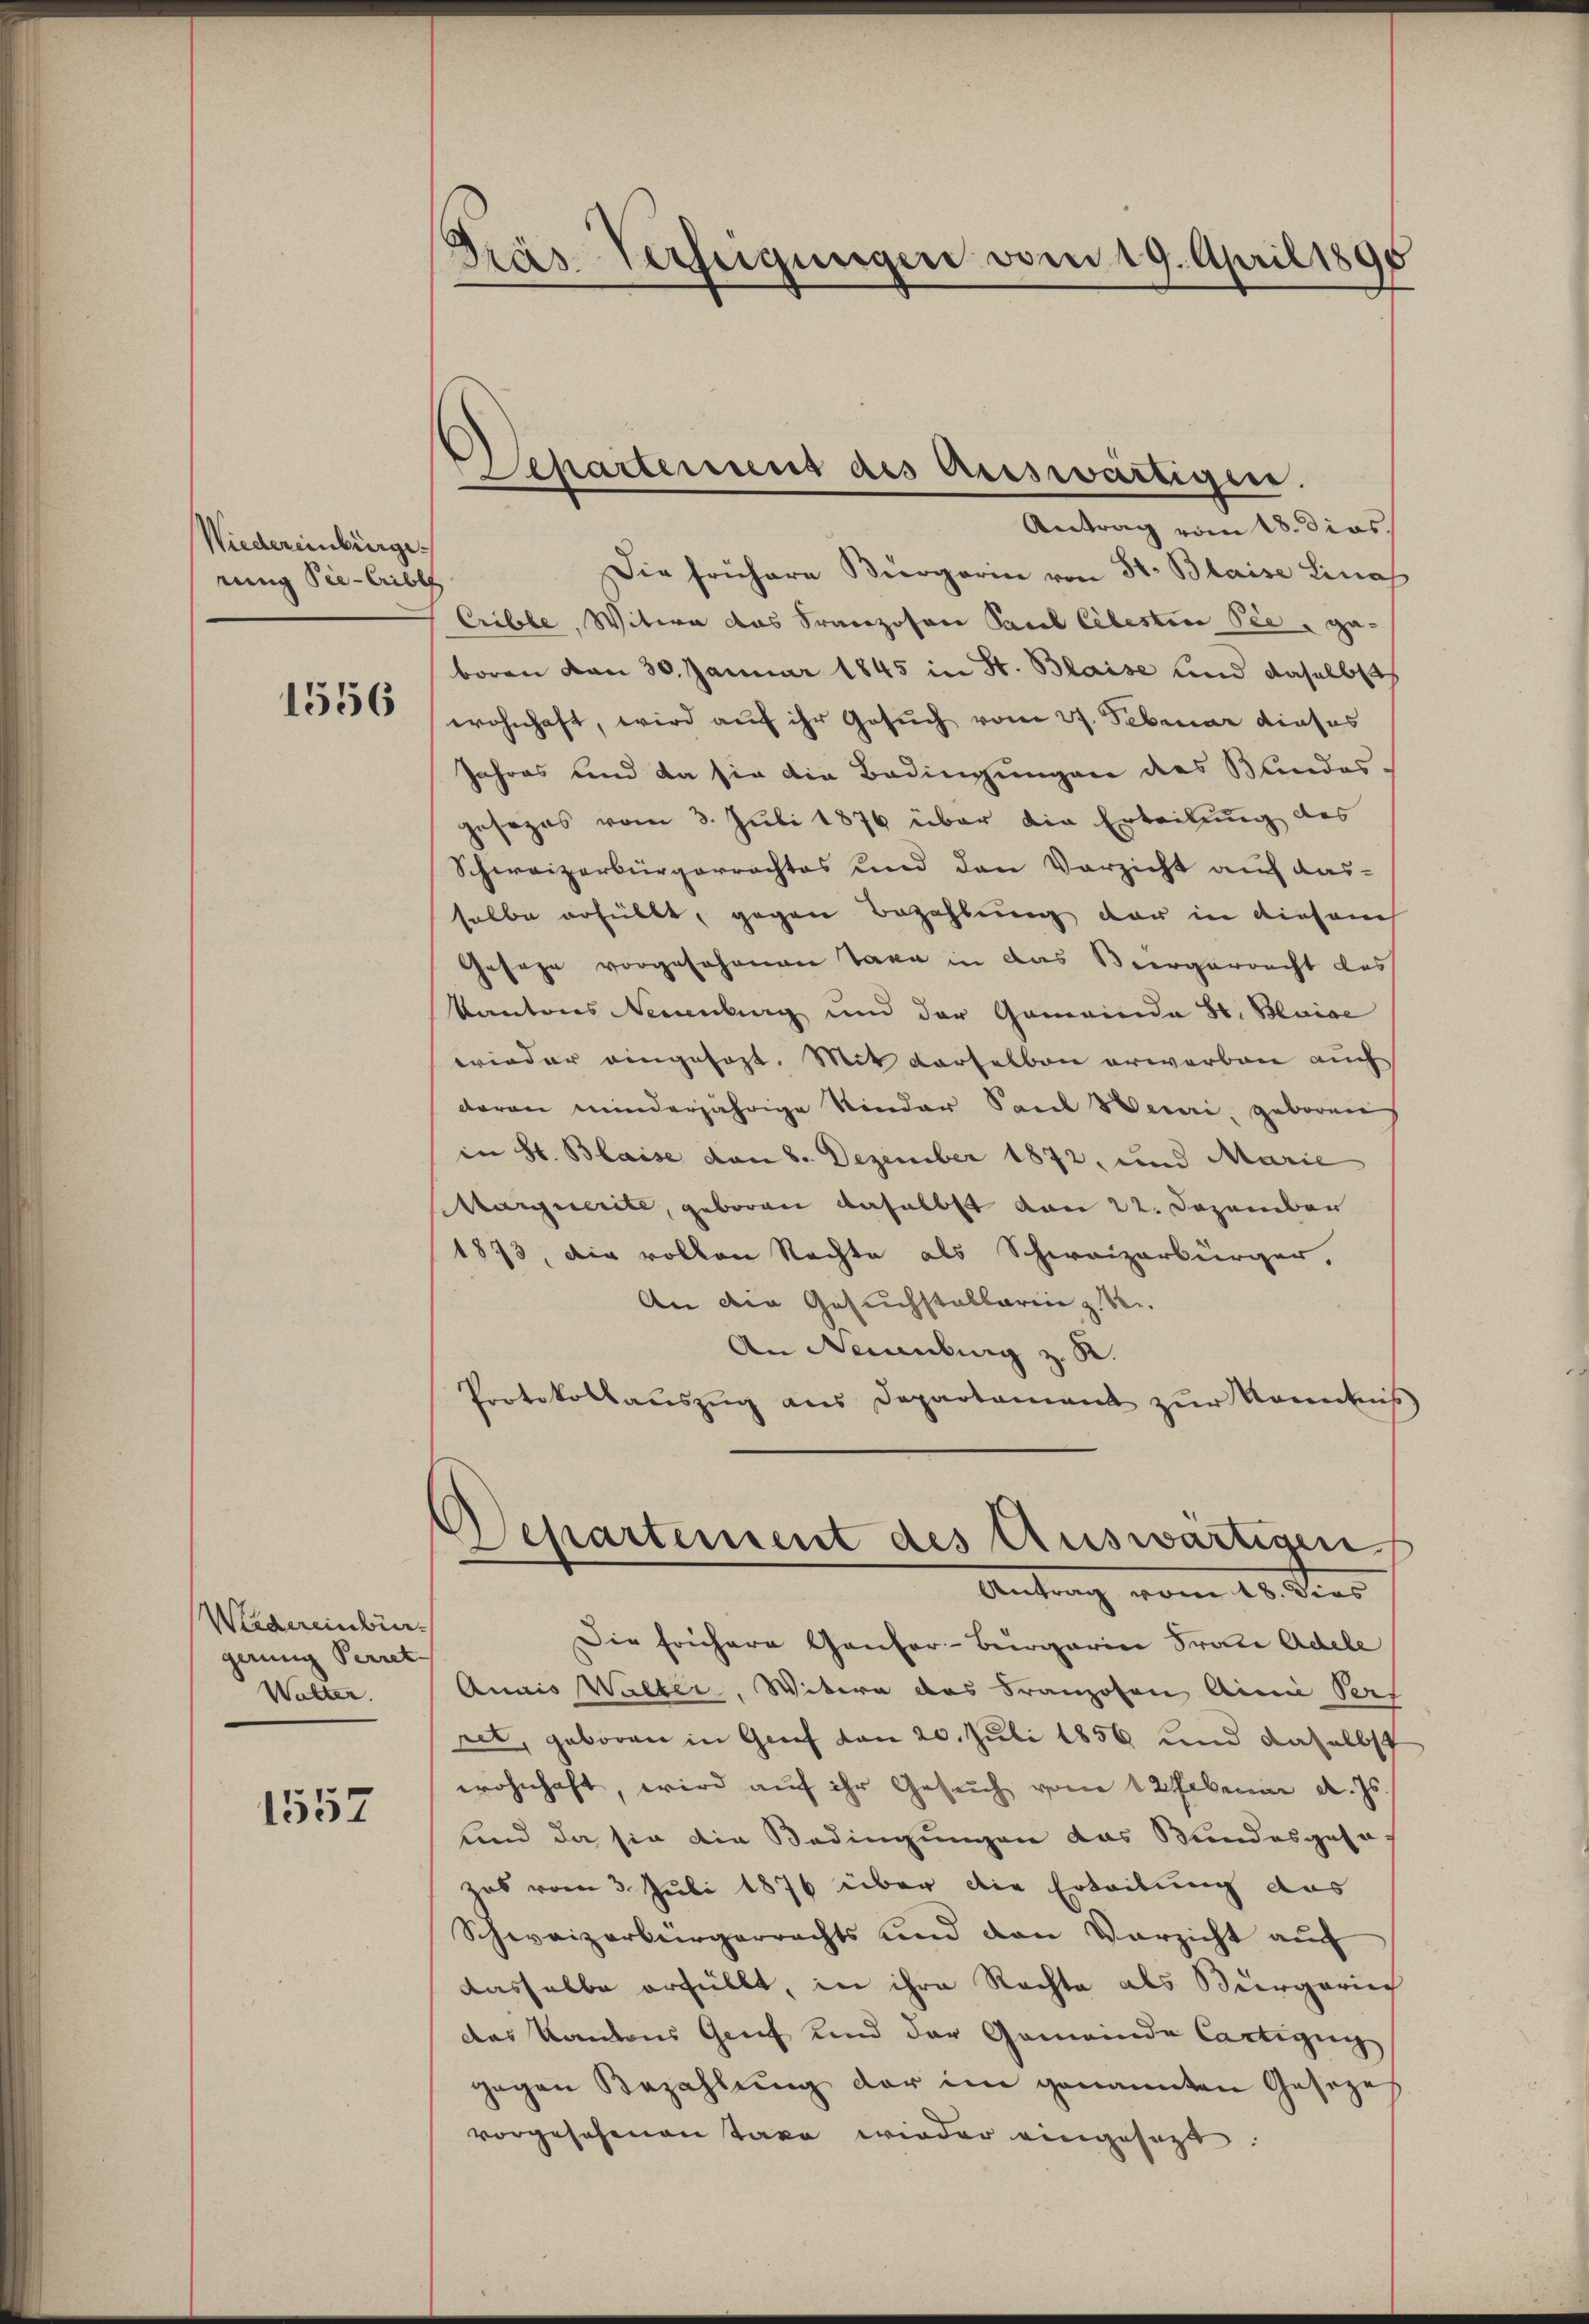
Wiedereinbürge
ring Pie-Cribles

1556

Weidereinbür-
gerung Perret-
Walter.

1557

Pras-Verfügungen vom 19. April 1895

Scharteriens des Auswärtigen.
Antrag vom 18. dies
Die frühere Bürgerin von St. Blaise Lina

Crible, Witwe das Franzosen Paul Celestine See, geboren von 30. Januar 1845 in St. Blaise und daselbsth
wohnhaft, wird auf ihr Gesuch vom 27. Februar dieses
Jahres und da sie die Bedingungen des Sandos-
gesezes vom 3. Juli 1876 über die Erteilung des
Schweizerbürgerrechtes und den Verzicht auf aus-
selbe erhüllt, gegen Bezahlung der in diesem
Gesage vorgesehenen Tage in das Beergerrecht des
Kantons Neuenburg und der Gemeinde Hr. Blaige
wieder eingesezt. Mit derselben erwarben auch
daran minderjährige Nieder Sand Heuri, geboren
in St. Blaise den 8. Dezember 1872, und Marie
Marquerite, geboren daselbst von 22. Dezember
1873, die vollen Nachte als Schweizerbürger,
An der Gesuchstallarii z. B.
An Neuenburg z. R.
Protokollauszug aus Departament zŭr Kenntnis
Separtement des Auswärtigen
Antrag vom 28. Sinn
Die frühere Ganter-Burgerin Frau Adele
Quais Walter, Witern das Franzosen Ainie Perf
ret, geboren in Grief von 20. Juli 1856 und daselbst
wohnhaft, wird auf ihr Gesŭch vom 12 Februar d. Js.
und da sie die Bedingungen das Bundesgesa
zas vom 3. Juli 1876 über die Erteilung das
Schweizerbürgerrechts und den Verzicht auf
dasselbe erfüllt, in ihre Rechte als Bürgeric
des Kantons Genf und der Gemeinde Cartigun
gegen Bezahlŭng der im genannten Geseze
vorgesehenen Taxe wieder eingesezt.